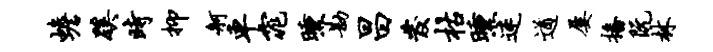
蟾蹊时抑舸车窕曛勘昌发枯曛迷遒屡播阮林